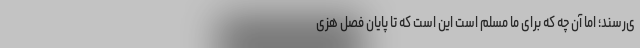
ی‌رسند؛ اما آن چه که برای ما مسلم است این است که تا پایان فصل هزی